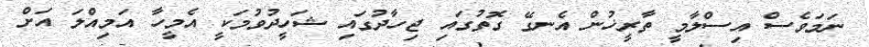
ނަމަވެސް އިސްލާމީ ތާރީޚުން އެނގޭ ގޮތުގައި ޖިހާދުގައި ޝަހީދުވުމަކީ އެމީހާ އަމިއްލަ އަށް